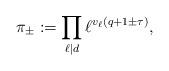
LaTeX: \begin{align*} \pi_\pm := \prod_{\ell \mid d} \ell^{v_\ell(q + 1 \pm \tau)},\end{align*}